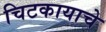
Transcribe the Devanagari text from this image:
चिटकायाचे